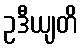
ဥဒီယျတိ